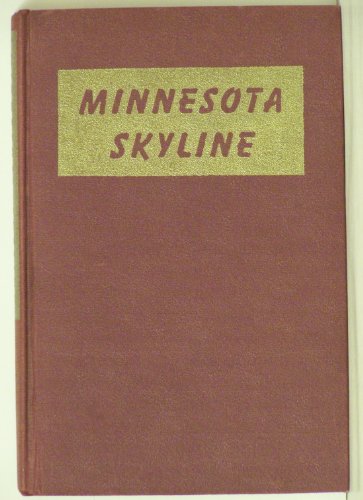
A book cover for Minnesota skyline: Anthology of poems about Minnesota; Carmen Nelson Richards; Travel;